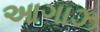
આગાઝ